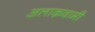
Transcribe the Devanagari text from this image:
अलाक़वामी